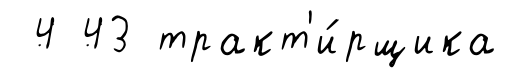
4 43 тракт'и́рщика